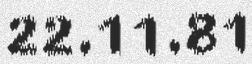
22.11.81